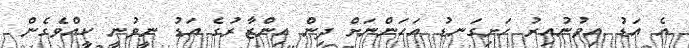
އެ އަޑު އިވުނުއިރު ހަށިގަނޑު އަހަންނަށް ދިން އިންޒާރުގެ އަޑު ނީވުނީ ކީއްވެގެން